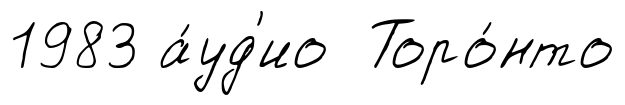
1983 а́уд'ио Торо́нто